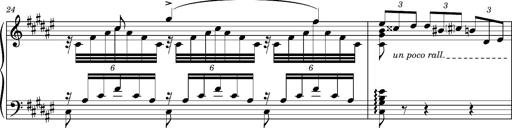
Title: Cavatine de Robert le Diable
Composer: Franz Liszt
Key: F-sharp minor